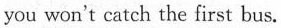
you won't catch the first bus.